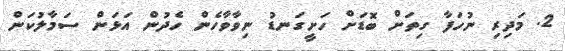
2. މަދިރި ނުހަފާ ގިތަށް ބޮޑަށް ހަށީގަނޑު ނިވާވާހެން ހެދުން އަޅަން ސަމާލުކަން